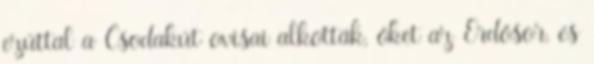
ezúttal a Csodakút ovisai alkották, őket az Erdősor, és